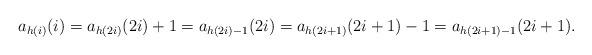
LaTeX: \begin{align*}a_{h(i)}(i)=a_{h(2i)}(2i)+1=a_{h(2i)-1}(2i)=a_{h(2i+1)}(2i+1)-1=a_{h(2i+1)-1}(2i+1).\end{align*}